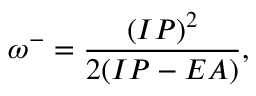
\omega ^ { - } = \frac { ( I P ) ^ { 2 } } { 2 ( I P - E A ) } ,